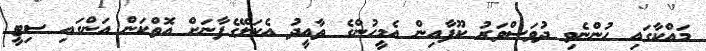
މައްކާގައި ހުންނެވި ދުވަސްވަރު ކޫފާއިން އެމީހުންގެ ތާއީދު އެކަލޭގެފާނަށް އޮތްކަން އަންގައި ސިޓީ